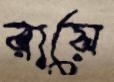
রায়ে